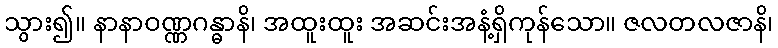
သွား၍။ နာနာဝဏ္ဏဂန္ဓာနိ၊ အထူးထူး အဆင်းအနံ့ရှိကုန်သော။ ဇလတလဇာနိ၊